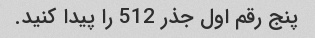
پنج رقم اول جذر 512 را پیدا کنید.